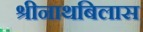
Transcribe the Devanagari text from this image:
श्रीनाथबिलास